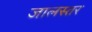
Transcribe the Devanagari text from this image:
जालस्तर